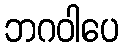
ဘဂဝါပေ